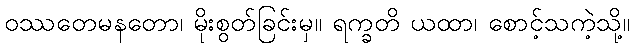
ဝဿတေမနတော၊ မိုးစွတ်ခြင်းမှ။ ရက္ခတိ ယထာ၊ စောင့်သကဲ့သို့။